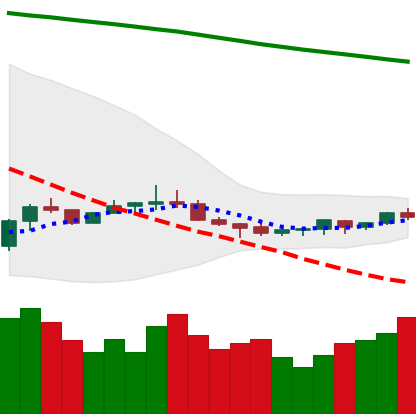
Ticker: ETC-USD
Chart end date: 2022-07-08
Forward return: -7.95%
Label: down_7plus